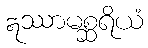
ဣဿာမစ္ဆရိယံ